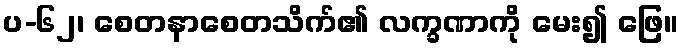
ပ-၆၂၊ စေတနာစေတသိက်၏ လက္ခဏာကို မေး၍ ဖြေ။